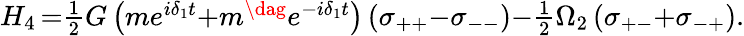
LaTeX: \begin{array}{r}{H_{4}\, {=}\frac{1}{2}G\left(me^{i\delta_{1}t}{+}m^{\dag}e^{-i\delta_{1}t}\right)\left(\sigma_{++}{-}\sigma_{--}\right){-}\frac{1}{2}\Omega_{2}\left(\sigma_{+-}{+}\sigma_{-+}\right).}\end{array}